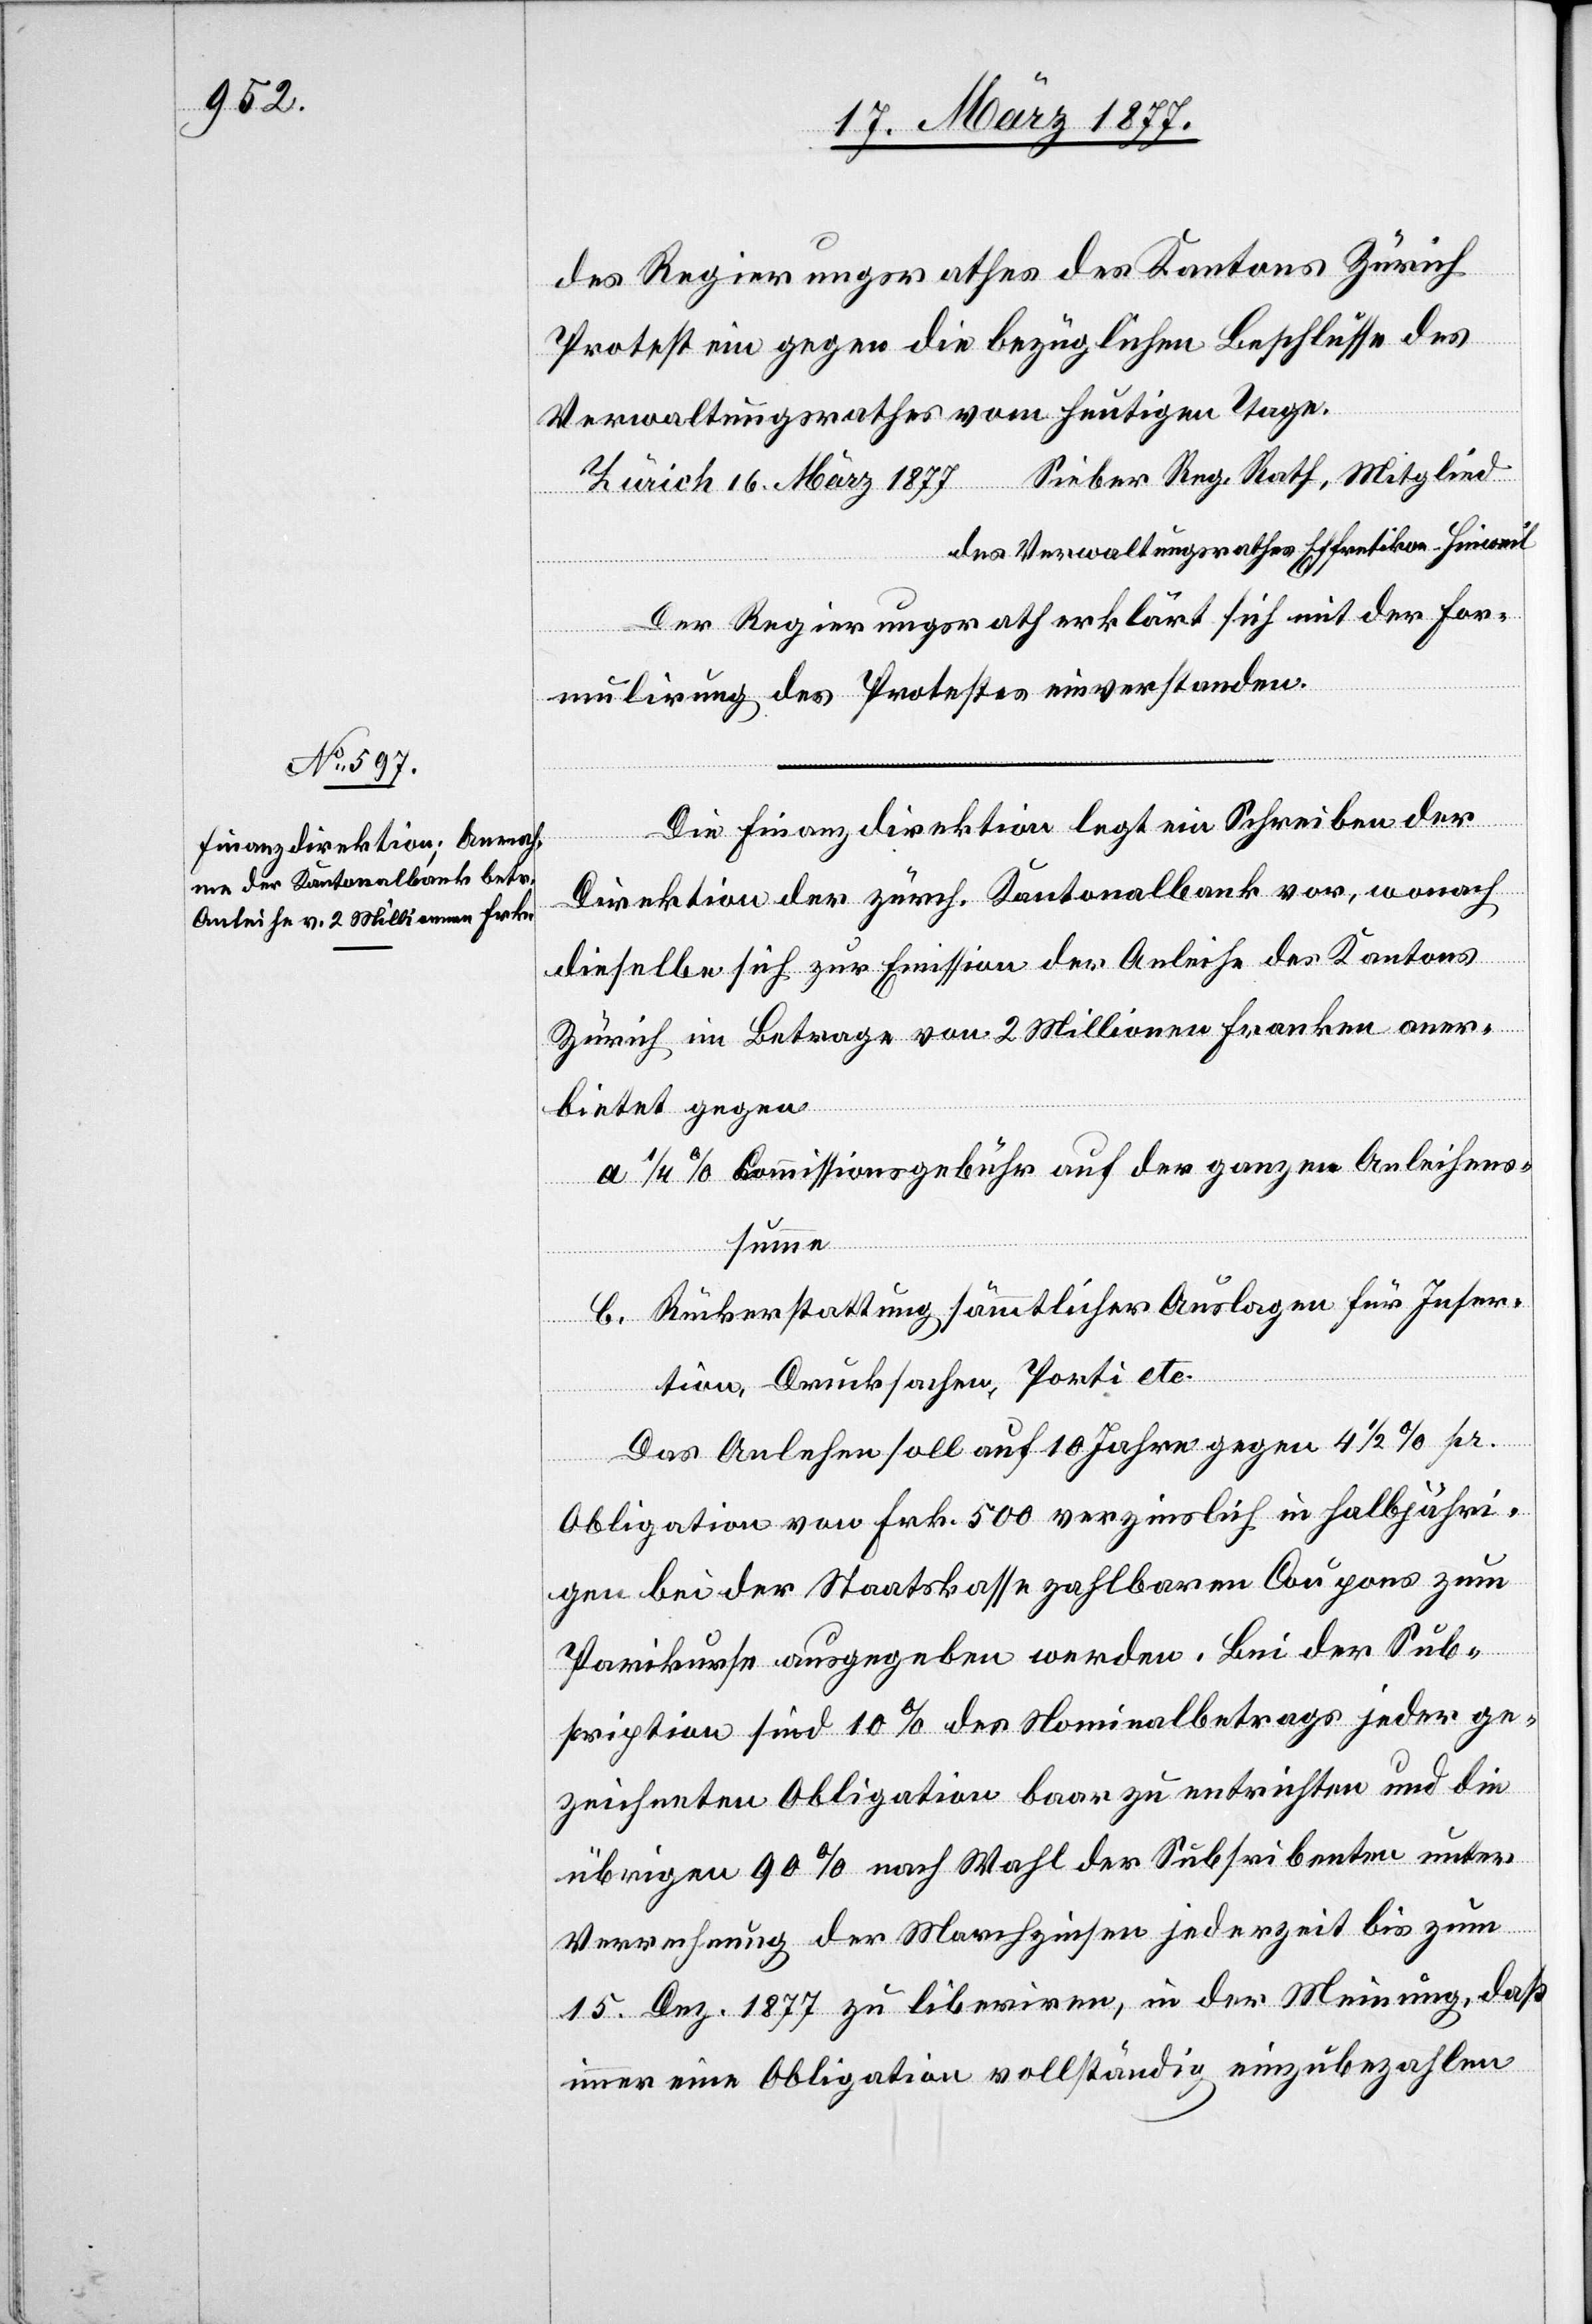
16. März 1877
des Regierungsrathes des Kantons Zürich
Protest ein gegen die bezüglichen Beschlüsse des
Verwaltungsrathes vom heutigen Tage.
des Verwaltungsrathes Effretikon–Hinweil
Der Regierungsrath erklärt sich mit der For¬
mulirung des Protestes einverstanden.
Die Finanzdirektion legt ein Schreiben der
Direktion der zürch. Kantonalbank vor, wonach
dieselbe sich zur Emission der Anleihe des Kantons
Zürich im Betrage von 2 Millionen Franken aner¬
bietet gegen
a. 1/4% Commissionsgebühr auf der ganzen Anleihens¬
summe
b. Rückerstattung sämmtlicher Auslagen für Inser¬
tion, Drucksachen, Porti etc.
Das Anlehen soll auf 10 Jahre gegen 4 1/2% pr.
Obligation von Frk. 500 verzinslich in halbjähri¬
gen bei der Staatskasse zahlbaren Coupons zum
Parikurse ausgegeben werden. Bei der Sub¬
scription sind 10% des Nominalbetrags jeder ge¬
zeichneten Obligation baar zu entrichten und die
übrigen 90% nach Wahl der Subs[c]ribenten unter
Verrechnung der Marchzinsen jederzeit bis zum
15. Dez. 1877 zu liberiren, in der Meinung, daß
immer eine Obligation vollständig einzubezahlen